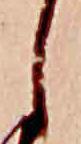
し